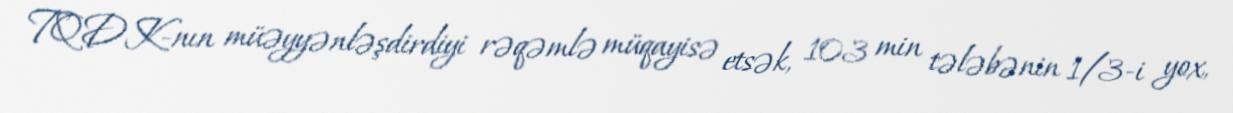
TQDK-nın müəyyənləşdirdiyi rəqəmlə müqayisə etsək, 103 min tələbənin 1/3-i yox,